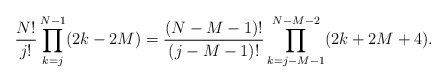
\begin{align*} \frac{N!}{j!}&\prod_{k=j}^{N-1}(2k-2M)=\frac{(N-M-1)!}{(j-M-1)!}\prod_{k=j-M-1}^{N-M-2}(2k+2M+4). \end{align*}